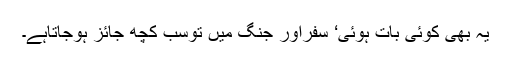
یہ بھی کوئی بات ہوئی‘ سفراور جنگ میں توسب کچھ جائز ہوجاتاہے۔